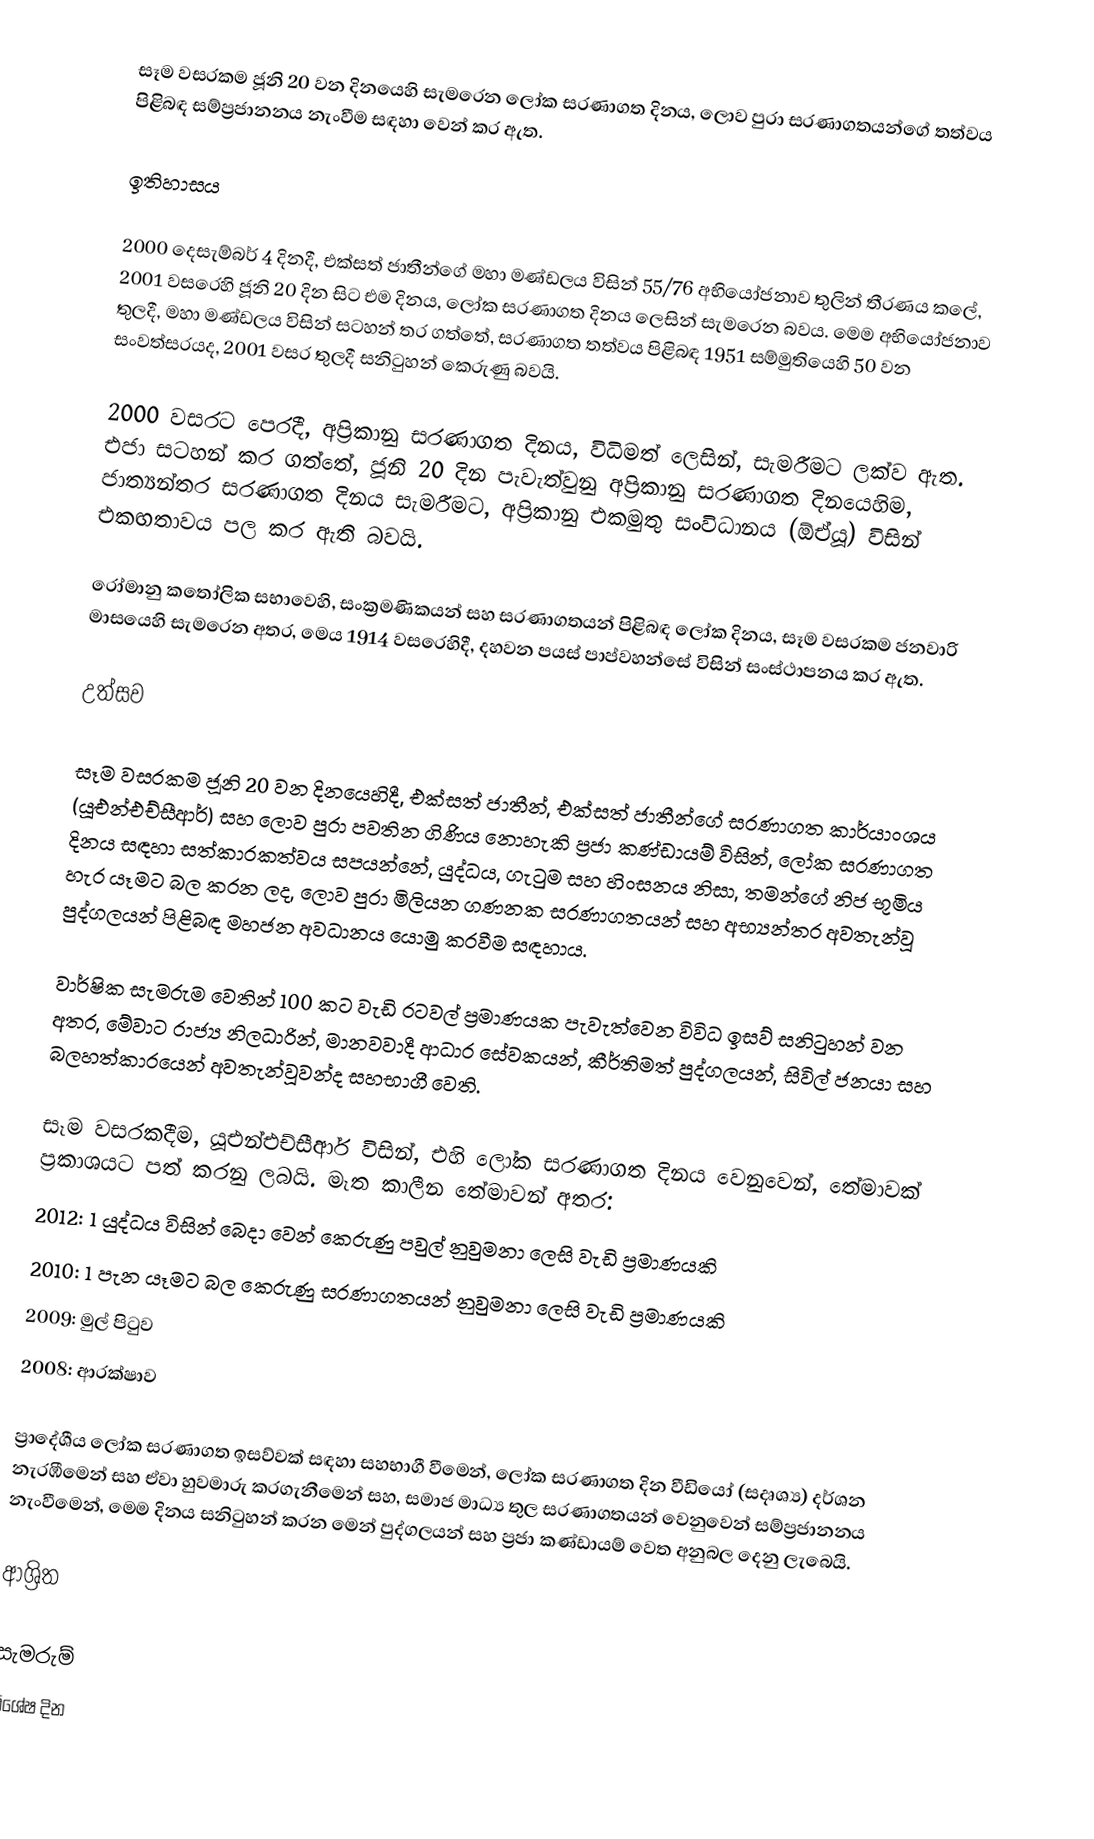
සෑම වසරකම ජූනි 20 වන දිනයෙහි සැමරෙන ලෝක සරණාගත දිනය, ලොව පුරා  සරණාගතයන්ගේ තත්වය පිළිබඳ සම්ප්‍රජානනය නැංවීම සඳහා වෙන් කර ඇත.

ඉතිහාසය

2000 දෙසැම්බර් 4 දිනදී, එක්සත් ජාතීන්ගේ මහා මණ්ඩලය විසින්  55/76  අභියෝජනාව තුලින් තීරණය කලේ, 2001 වසරෙහි ජූනි 20 දින සිට එම දිනය, ලෝක සරණාගත දිනය ලෙසින් සැමරෙන බවය. මෙම අභියෝජනාව තුලදී, මහා මණ්ඩලය විසින් සටහන් තර ගත්තේ,   සරණාගත තත්වය පිළිබඳ 1951 සම්මුතියෙහි 50 වන සංවත්සරයද, 2001 වසර තුලදී සනිටුහන් කෙරුණු බවයි.

2000 වසරට පෙරදී, අප්‍රිකානු සරණාගත දිනය, විධිමත් ලෙසින්, සැමරීමට ලක්ව ඇත. එජා සටහන් කර ගත්තේ, ජූනි 20 දින පැවැත්වුනු අප්‍රිකානු සරණාගත දිනයෙහිම, ජාත්‍යන්තර සරණාගත දිනය සැමරීමට,  අප්‍රිකානු එකමුතු සංවිධානය (ඕඒයූ) විසින් එකඟතාවය පල කර ඇති බවයි.

රෝමානු කතෝලික සභාවෙහි, සංක්‍රමණිකයන් සහ සරණාගතයන් පිළිබඳ ලෝක දිනය, සෑම වසරකම ජනවාරි මාසයෙහි සැමරෙන අතර, මෙය 1914 වසරෙහිදී, දහවන පයස් පාප්වහන්සේ විසින් සංස්ථාපනය කර ඇත.

උත්සව

සෑම වසරකම ජූනි 20 වන දිනයෙහිදී,  එක්සත් ජාතීන්, එක්සත් ජාතීන්ගේ සරණාගත කාර්යාංශය (යූඑන්එච්සීආර්) සහ ලොව පුරා පවතින  ගිණිය නොහැකි ප්‍රජා කණ්ඩායම් විසින්,  ලෝක සරණාගත දිනය සඳහා සත්කාරකත්වය සපයන්නේ, යුද්ධය, ගැටුම සහ හිංසනය නිසා, තමන්ගේ නිජ භූමිය හැර යෑමට බල කරන ලද, ලොව පුරා මිලියන ගණනක  සරණාගතයන් සහ අභ්‍යන්තර අවතැන්වූ පුද්ගලයන් පිළිබඳ මහජන අවධානය යොමු කරවීම සඳහාය.

වාර්ෂික සැමරුම වෙතින්  100 කට වැඩි රටවල් ප්‍රමාණයක පැවැත්වෙන විවිධ ඉසව් සනිටුහන් වන අතර, මේවාට රාජ්‍ය නිලධාරින්, මානවවාදී ආධාර සේවකයන්, කීර්තිමත් පුද්ගලයන්, සිවිල් ජනයා සහ බලහත්කාරයෙන් අවතැන්වූවන්ද සහභාගී වෙති.

සෑම වසරකදීම, යූඑන්එච්සීආර් විසින්, එහි ලෝක සරණාගත දිනය වෙනුවෙන්, තේමාවක් ප්‍රකාශයට පත් කරනු ලබයි. මෑත කාලීන තේමාවන් අතර:
 2012: 1 යුද්ධය විසින් බෙදා වෙන් කෙරුණු පවුල් නුවුමනා ලෙසි වැඩි ප්‍රමාණයකි
 2010: 1 පැන යෑමට බල කෙරුණු සරණාගතයන්  නුවුමනා ලෙසි වැඩි ප්‍රමාණයකි
 2009: මුල් පිටුව
 2008: ආරක්ෂාව

ප්‍රාදේශීය ලෝක සරණාගත ඉසව්වක් සඳහා සහභාගී වීමෙන්, ලෝක සරණාගත දින වීඩියෝ (සදෘශ්‍ය) දර්ශන නැරඹීමෙන් සහ ඒවා හුවමාරු කරගැනීමෙන් සහ, සමාජ මාධ්‍ය තුල සරණාගතයන් වෙනුවෙන් සම්ප්‍රජානනය නැංවීමෙන්,  මෙම දිනය සනිටුහන් කරන මෙන් පුද්ගලයන් සහ ප්‍රජා කණ්ඩායම් වෙත අනුබල දෙනු ලැබෙයි.

ආශ්‍රිත

සැමරුම්
විශේෂ දින